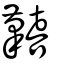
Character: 囏